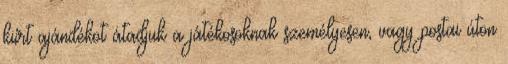
kiírt ajándékot átadjuk a játékosoknak személyesen, vagy postai úton